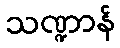
သဏ္ဍာန်